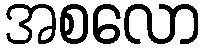
အစလော